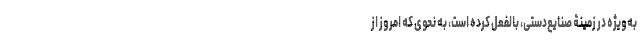
به‌ویژه در زمینۀ صنایع‌دستی، بالفعل کرده است، به نحوی که امروز از